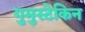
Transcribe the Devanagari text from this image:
गुमुस्टेकिन